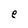
Character: e